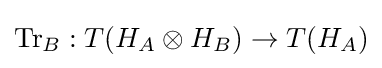
\operatorname {Tr} _{B}:T(H_{A}\otimes H_{B})\rightarrow T(H_{A})